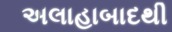
અલાહાબાદથી